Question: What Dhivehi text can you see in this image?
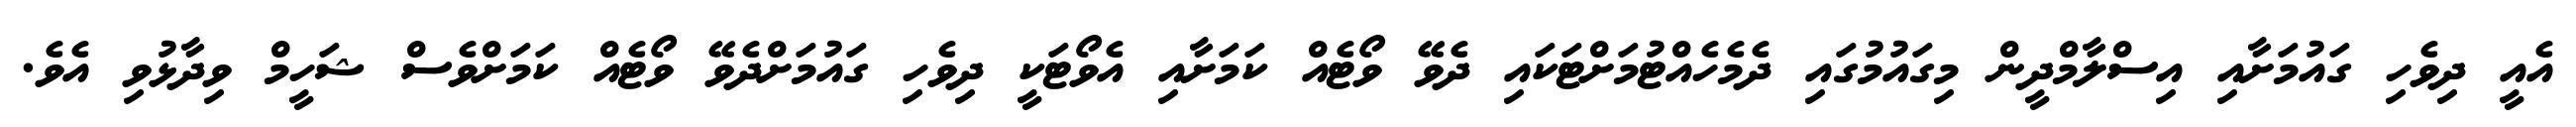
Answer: އެއީ ދިވެހި ގައުމަށާއި އިސްލާމްދީން މިގައުމުގައި ދެމެހެއްޓުމަށްޓަކައި ދެވޭ ވޯޓެއް ކަމަށާއި އެވޯޓަކީ ދިވެހި ގައުމަށްދެވޭ ވޯޓެއް ކަމަށްވެސް ޝަހީމް ވިދާޅުވި އެވެ.